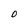
Character: O